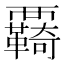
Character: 覉